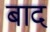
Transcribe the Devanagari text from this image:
बाद